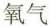
氧气